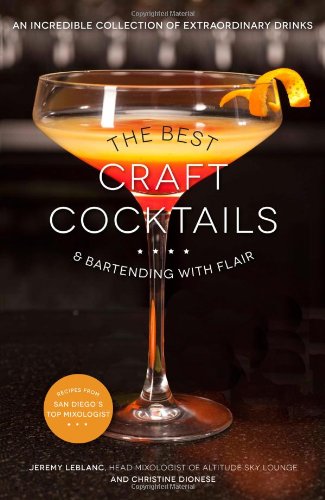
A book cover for The Best Craft Cocktails & Bartending with Flair: An Incredible Collection of Extraordinary Drinks; Jeremy LeBlanc; Cookbooks, Food & Wine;